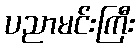
ပညာမင်းကြီး